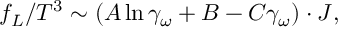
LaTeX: f _ { L } / T ^ { 3 } \sim ( A \ln \gamma _ { \omega } + B - C \gamma _ { \omega } ) \cdot J ,